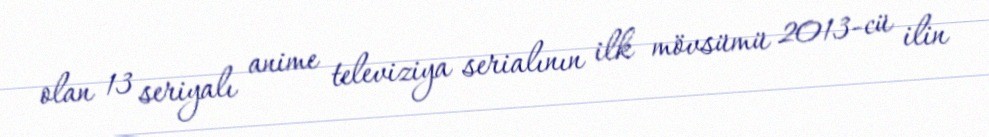
olan 13 seriyalı anime televiziya serialının ilk mövsümü 2013-cü ilin